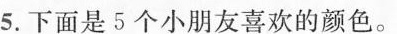
5.下面是5个小朋友喜欢的颜色。